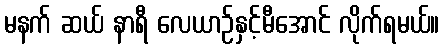
မနက် ဆယ် နာရီ လေယာဉ်နှင့်မီအောင် လိုက်ရမယ်။